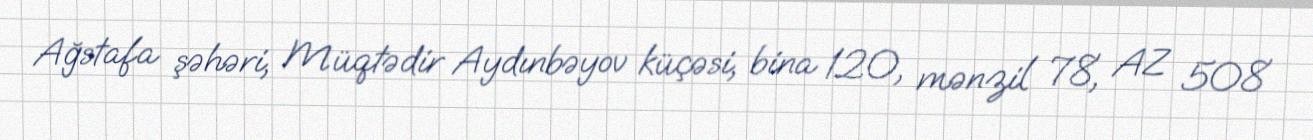
Ağstafa şəhəri, Müqtədir Aydınbəyov küçəsi, bina 120, mənzil 78, AZ 508